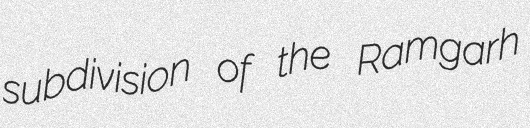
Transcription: subdivision of the Ramgarh